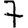
Digit: 7